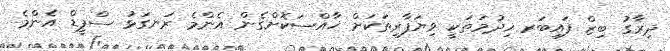
ދިރާގު ބިޒް ފައިބަރ ޚިދުމަތަކީ ވިޔަފާރިތަކަށް ޚާއްސަކޮށްގެން އެންމެ ރަނގަޅު ސްޕީޑް އެންމެ